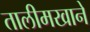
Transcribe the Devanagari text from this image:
तालीमखाने